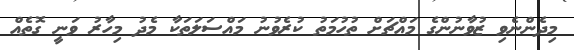
މިދެންނެވި ޒުވާނުންގެ މައްޗަށް ތުހުމަތު ކުރެވުނު މައްސަލަތަކާ މެދު މިހާރު ވަނީ ގޮތެއް